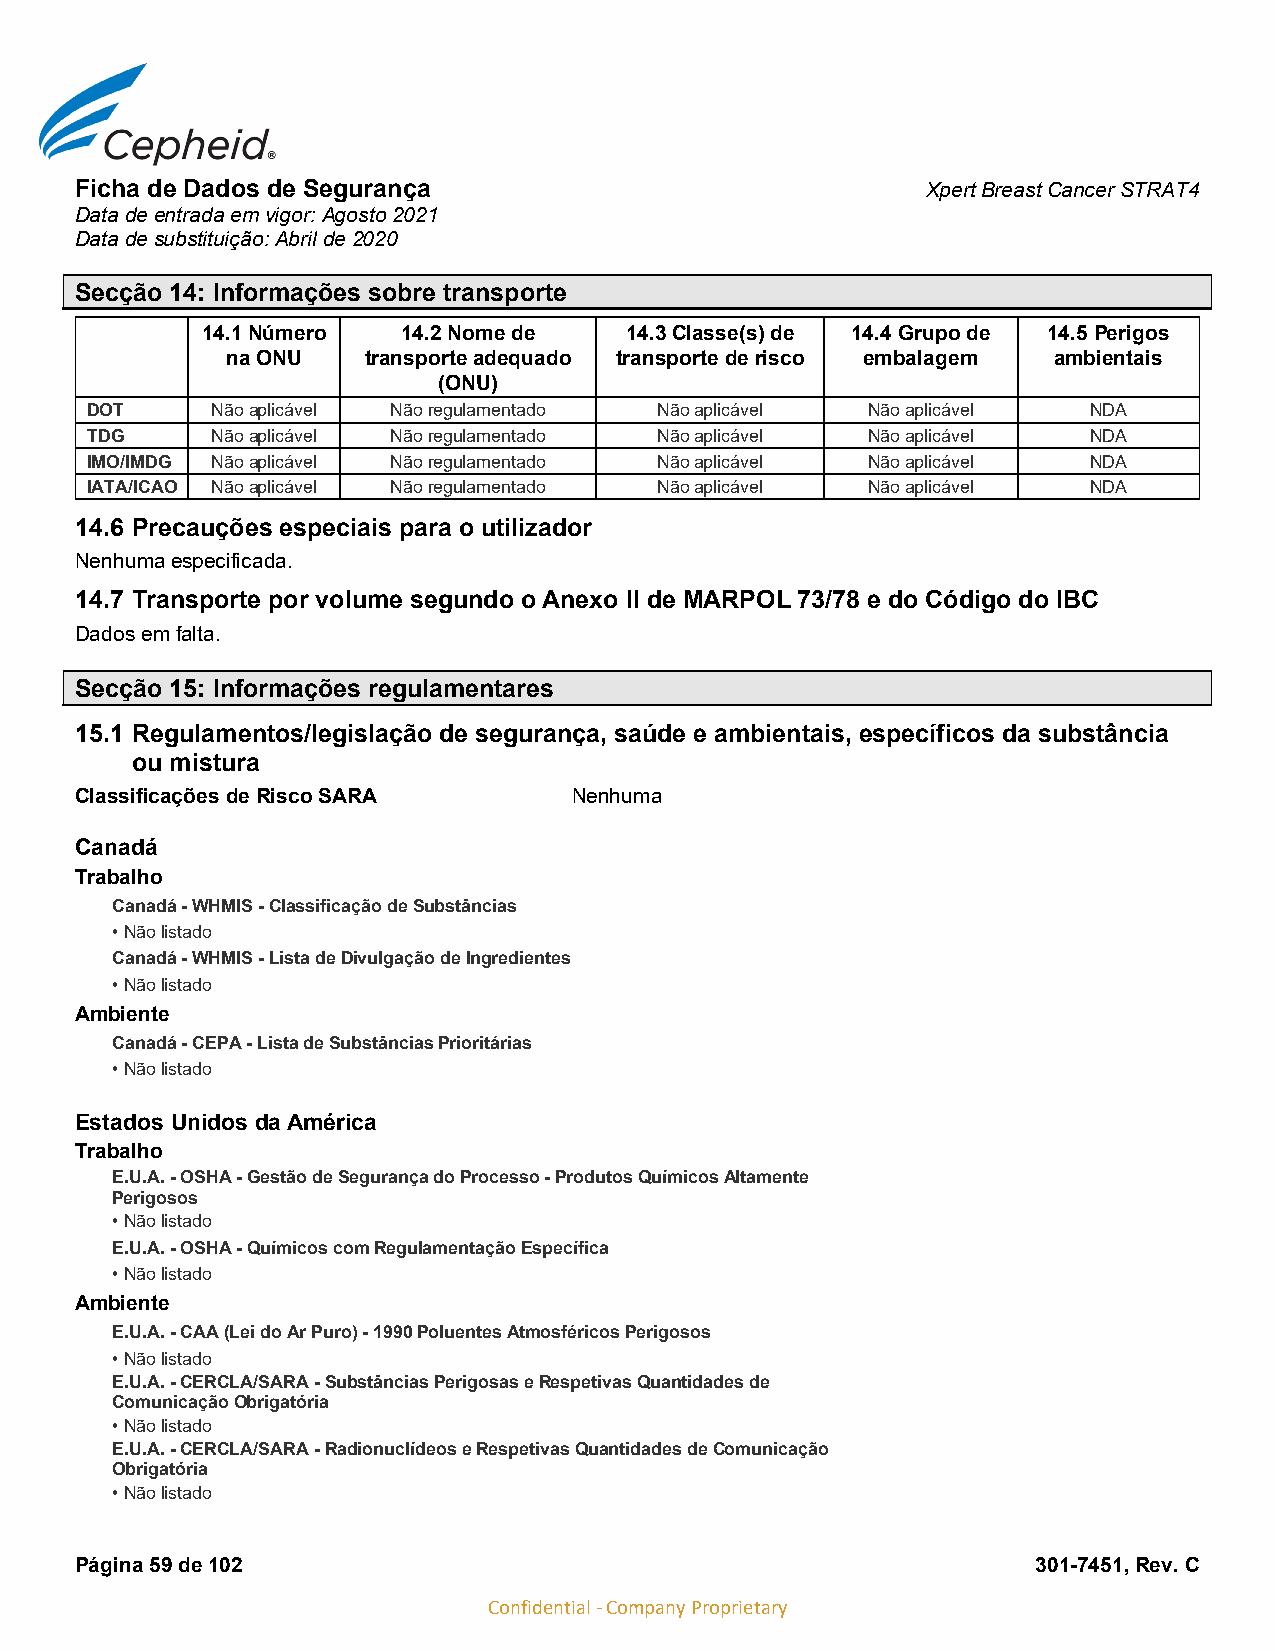
Ficha de Dados de Segurança                             Xpert Breast Cancer STRAT4
 Data de entrada em vigor: Agosto 2021
 Data de substituição: Abril de 2020
 Secção 14: Informações sobre transporte
 14.1 Número   14.2 Nome de  14.3 Classe(s) de 14.4 Grupo de 14.5 Perigos
 na ONU   transporte adequado transporte de risco embalagem ambientais
 (ONU)
 DOT     Não aplicável Não regulamentado Não aplicável Não aplicável NDA
 TDG     Não aplicável Não regulamentado Não aplicável Não aplicável NDA
 IMO/IMDG Não aplicável Não regulamentado Não aplicável Não aplicável NDA
 IATA/ICAO Não aplicável Não regulamentado Não aplicável Não aplicável NDA
 14.6 Precauções especiais para o utilizador
 Nenhuma especificada.
 14.7 Transporte por volume segundo o Anexo II de MARPOL 73/78 e do Código do IBC
 Dados em falta.
 Secção 15: Informações regulamentares
 15.1 Regulamentos/legislação de segurança, saúde e ambientais, específicos da substância
 ou mistura
 Classificações de Risco SARA     Nenhuma
 Canadá
 Trabalho
 Canadá - WHMIS - Classificação de Substâncias
 • Não listado
 Canadá - WHMIS - Lista de Divulgação de Ingredientes
 • Não listado
 Ambiente
 Canadá - CEPA - Lista de Substâncias Prioritárias
 • Não listado
 Estados Unidos da América
 Trabalho
 E.U.A. - OSHA - Gestão de Segurança do Processo - Produtos Químicos Altamente
 Perigosos
 • Não listado
 E.U.A. - OSHA - Químicos com Regulamentação Específica
 • Não listado
 Ambiente
 E.U.A. - CAA (Lei do Ar Puro) - 1990 Poluentes Atmosféricos Perigosos
 • Não listado
 E.U.A. - CERCLA/SARA - Substâncias Perigosas e Respetivas Quantidades de
 Comunicação Obrigatória
 • Não listado
 E.U.A. - CERCLA/SARA - Radionuclídeos e Respetivas Quantidades de Comunicação
 Obrigatória
 • Não listado
 Página 59 de 102                                                301-7451, Rev. C
 Confidential - Company Proprietary